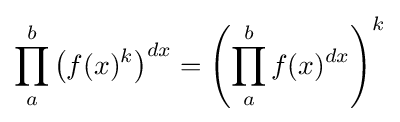
\prod _{a}^{b}\left(f(x)^{k}\right)^{dx}=\left(\prod _{a}^{b}f(x)^{dx}\right)^{k}